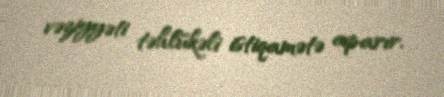
vəziyyəti təhlükəli istiqamətə aparır.